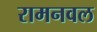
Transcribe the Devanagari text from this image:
रामनवल